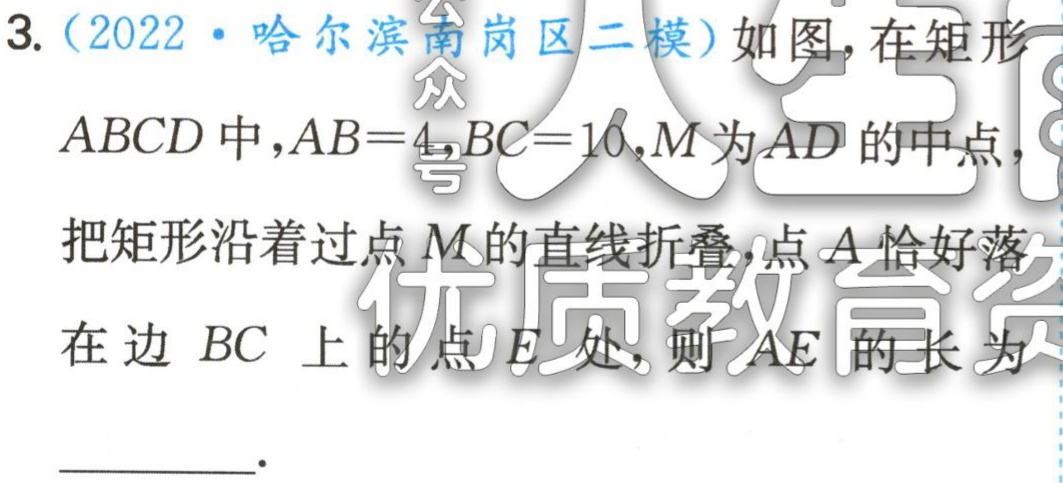
3.（2022·哈尔滨南岗区二模）如图，在矩形\(ABCD\)中，\(AB = 4\)，\(BC = 10\)，\(M\)为\(AD\)的中点，把矩形沿着过点\(M\)的直线折叠，点\(A\)恰好落在边 \(BC\) 上的点\(E\)处，则\(AE\)的长为___.